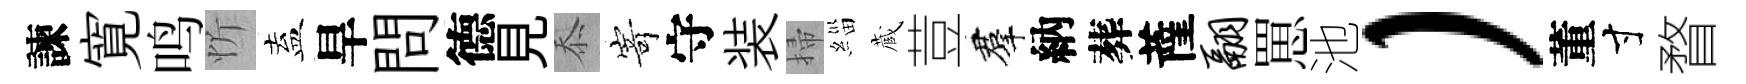
諫寛鸣忻盍旱問德見忝𭔃守装掃緇蔵荳羣納葬薩翮罳池）董寸瞀